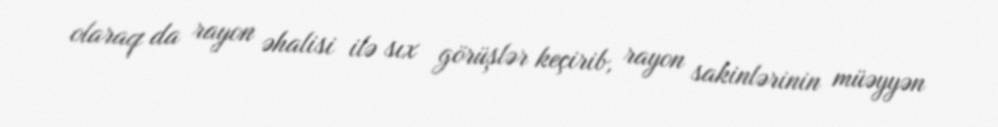
olaraq da rayon əhalisi ilə sıx görüşlər keçirib, rayon sakinlərinin müəyyən